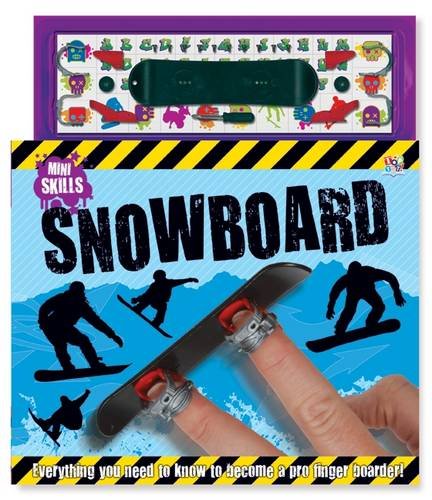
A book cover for Snowboard (Mini Skills); Oakley Graham; Children's Books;